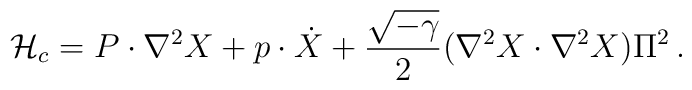
{\cal H}_c =P \cdot \nabla^2 X + p \cdot \dot{X} + {\sqrt{-\gamma}\over 2 }  (\nabla^2 X \cdot \nabla^2 X ) \Pi^2 \,.